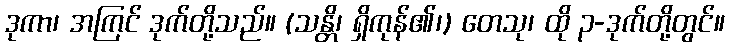
ဒုကာ၊ အကြင် ဒုက်တို့သည်။ (သန္တိ၊ ရှိကုန်၏၊) တေသု၊ ထို ၃-ဒုက်တို့တွင်။